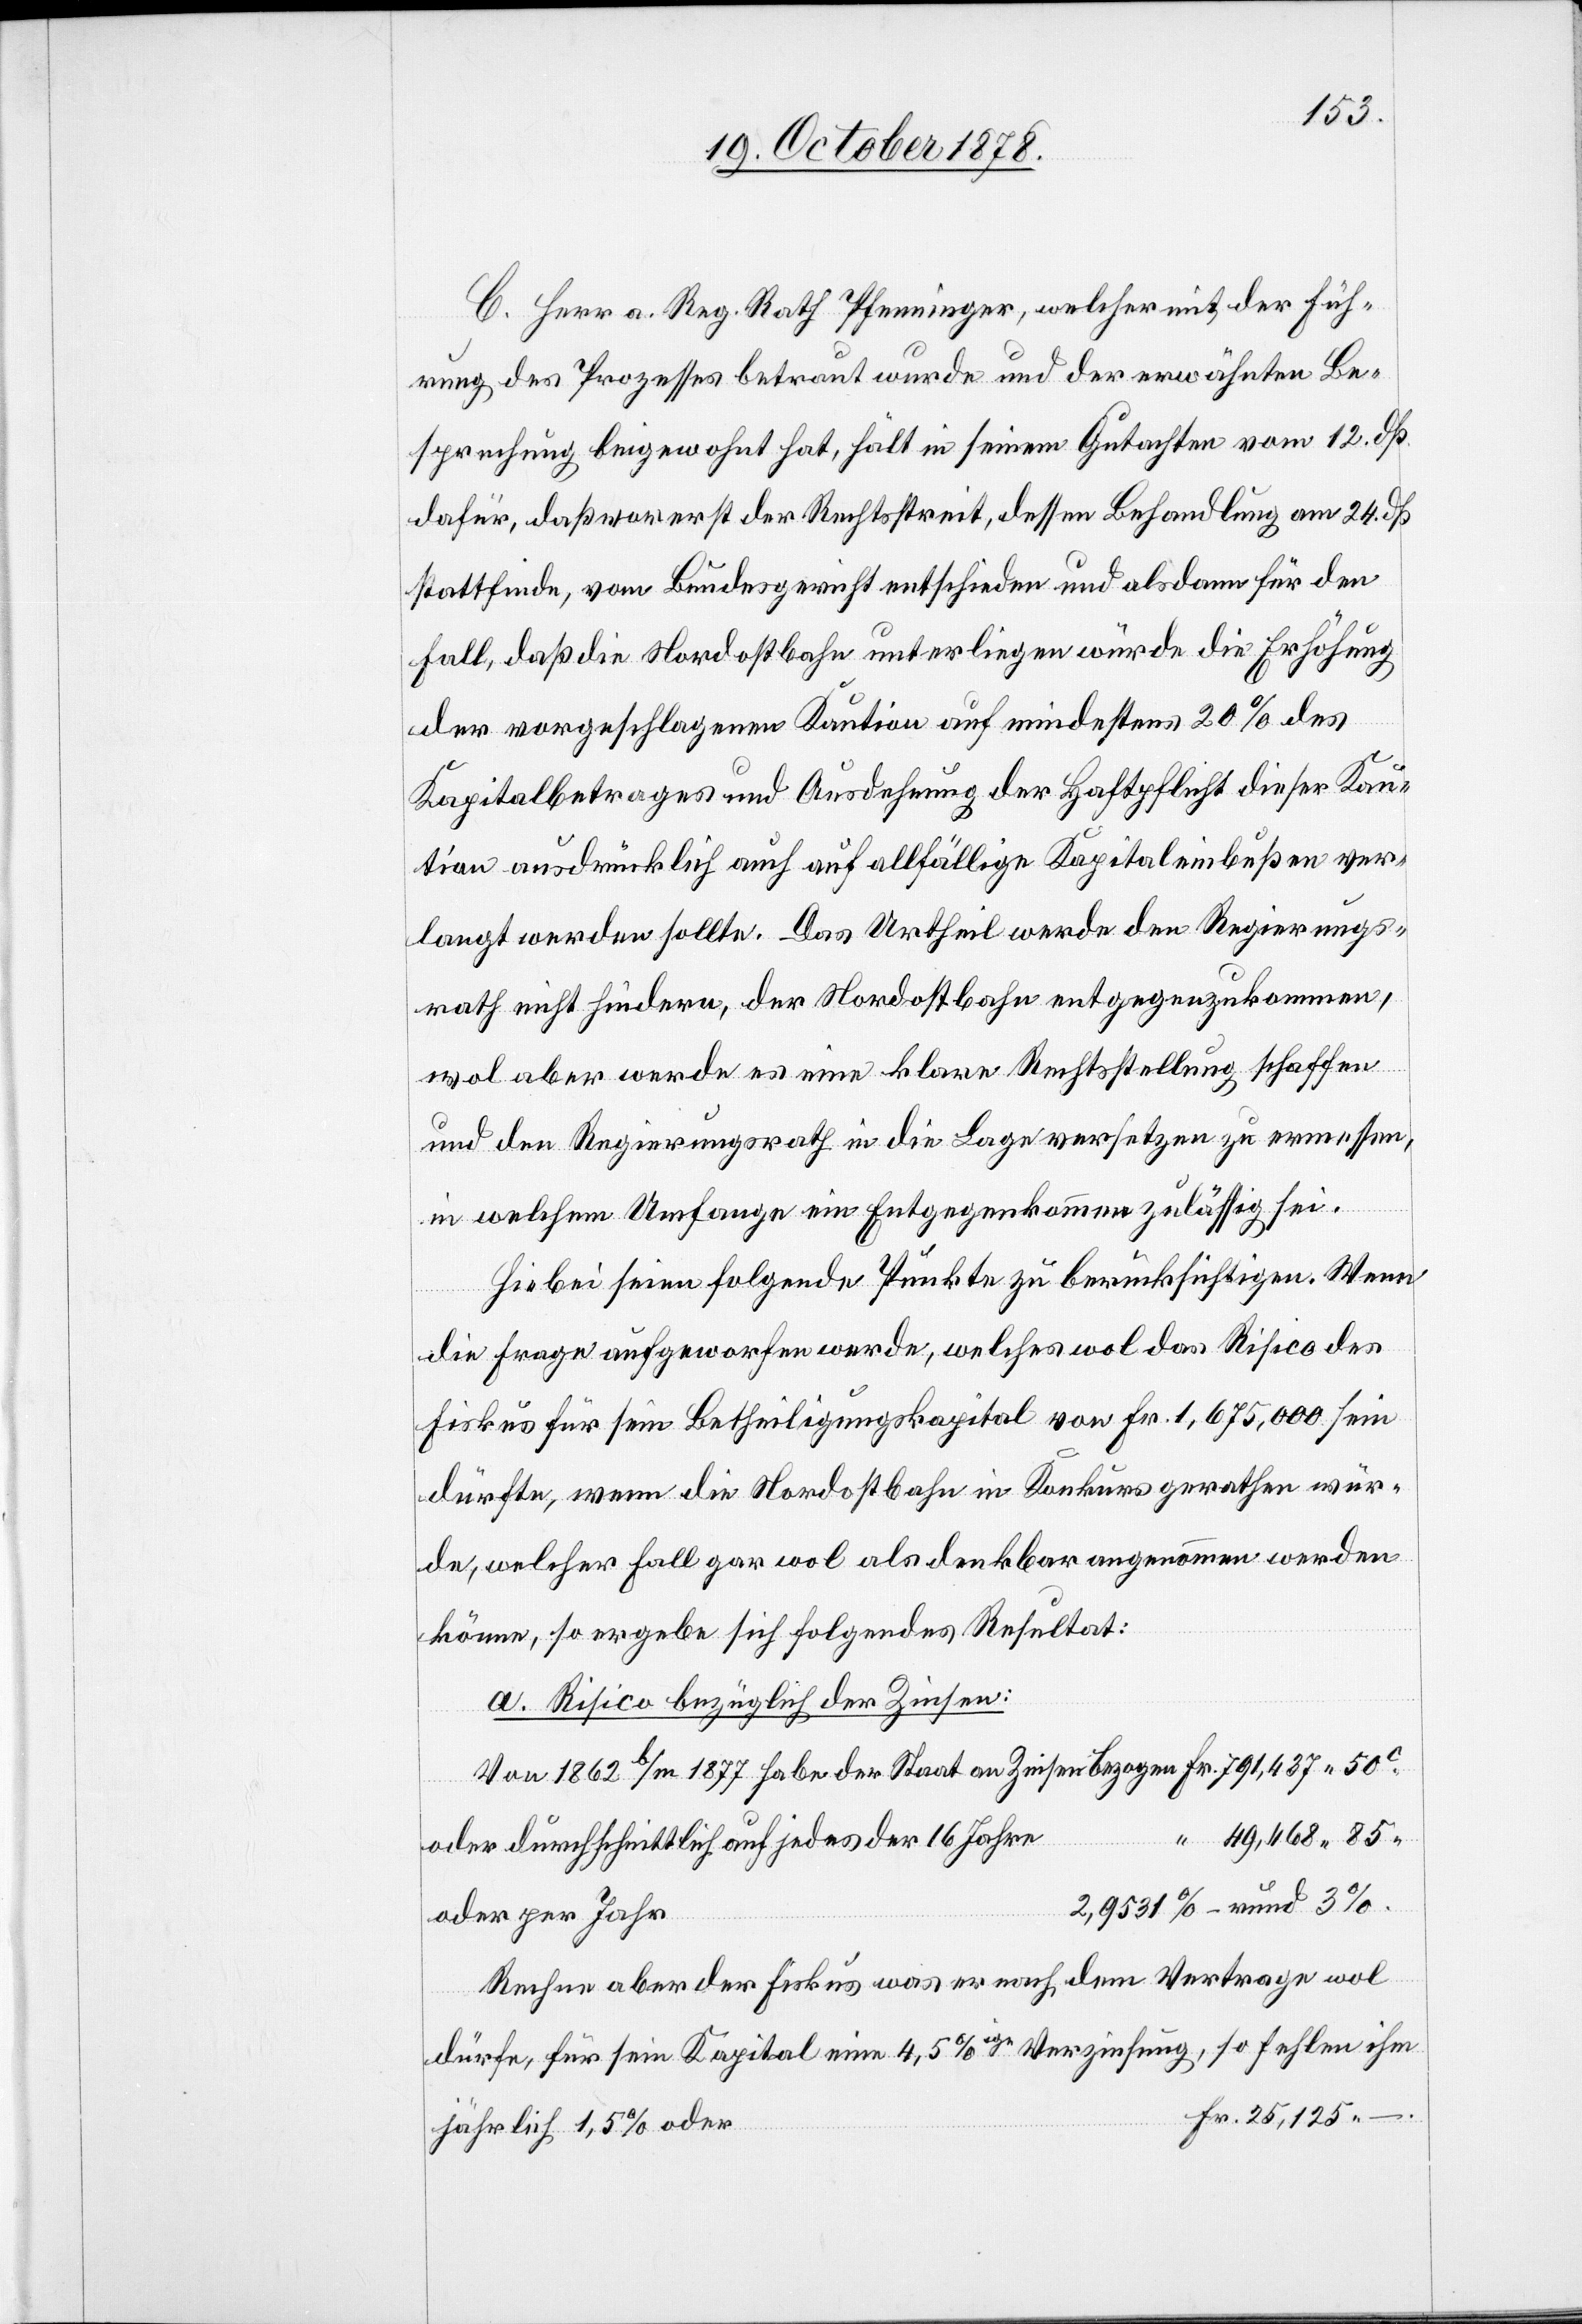
C. Herr a. Reg. Rath Pfenninger, welcher mit der Füh¬
rung des Prozesses betraut wurde und der erwähnten Be¬
sprechung beigewohnt hat, hält in seinem Gutachten vom 12. dß.
dafür, daß vorerst der Rechtsstreit, dessen Behandlung am 24. dß
stattfinde, vom Bundesgericht entschieden und alsdann für den
Fall, daß die Nordostbahn unterliegen würde die Erhöhung
der vorgeschlagenen Kaution auf mindestens 20% des
Kapitalbetrages und Ausdehnung der Haftpflicht dieser Kau¬
tion ausdrücklich auch auf allfällige Kapitaleinbußen ver¬
langt werden sollte. Das Urtheil werde den Regierungs¬
rath nicht hindern, der Nordostbahn entgegenzukommen,
wol aber werde es eine klare Rechtsstellung schaffen
und den Regierungsrath in die Lage versetzen zu ermessen,
in welchem Umfange ein Entgegenkommen zulässig sei.
Hiebei seien folgende Punkte zu berücksichtigen. Wenn
die Frage aufgeworfen werde, welches wol das Risico des
Fiskus für sein Betheiligungskapital von Fr. 1,675,000 sein
dürfte, wenn die Nordostbahn in Konkurs gerathen wür¬
de, welcher Fall gar wol als denkbar angenommen werden
könne, so ergebe sich folgendes Resultat:
a. Risico bezüglich der Zinsen:
Von 1862 b/m 1877 habe der Staat an Zinsen bezogen Fr. 791,437 50c
“ 49,468 85“
oder durchschnittlich auf jedes der 16 Jahre
2,9531% – rund 3%.
oder per Jahr
Rechne aber der Fiskus was er nach dem Vertrage wol
dürfe, für sein Kapital eine 4,5%ige Verzinsung, so fehlen ihm
Fr. 25,125.–.
jährlich 1,5% oder